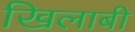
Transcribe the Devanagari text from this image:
खिलाबी